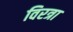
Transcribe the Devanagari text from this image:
विरत्रा